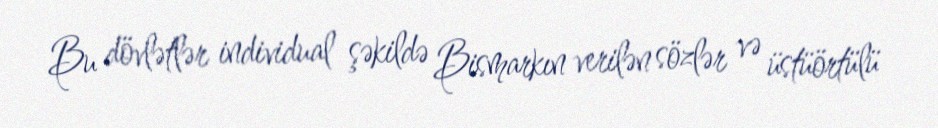
Bu dövlətlər individual şəkildə Bismarkın verilən sözlər və üstüörtülü